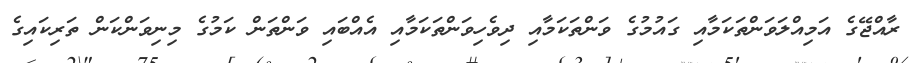
ރާއްޖޭގެ އަމިއްލަވަންތަކަމާއި ގައުމުގެ ވަންތަކަމާއި ދިވެހިވަންތަކަމާއި އެއްބައި ވަންތަން ކަމުގެ މިނިވަންކަން ތަރިކައިގެ